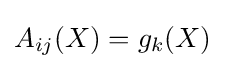
A_{ij}(X)=g_{k}(X)